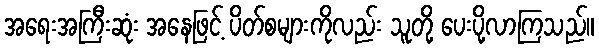
အရေးအကြီးဆုံး အနေဖြင့် ပိတ်စများကိုလည်း သူတို့ ပေးပို့လာကြသည်။